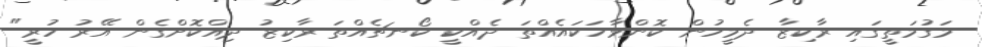
މަގުމަތީގައި ރާކިޒާ ދެމީހުން ކޮންވާހަކައެއްތަ ދެއްކީ ކޯނޗެއްތަ ރާކިޒު ދިއްކޮށްގެން އޭރު ހުރީ"